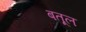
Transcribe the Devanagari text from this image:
बतूल